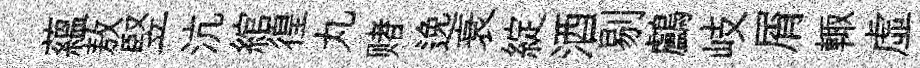
藴敖竪沆綰徨丸赌𨓜衰綻酒剔鸕岐屑輙虚